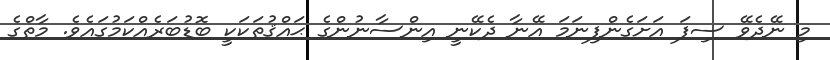
މި ނޭދެވޭ ސިފަ އަށަގެންފިނަމަ އޭނާ ދެކޭނީ އިންސާނުންގެ ޙައްޤުތަކަކީ ބޮޑުބަރެއްކަމުގައެވެ. މާތްގެ